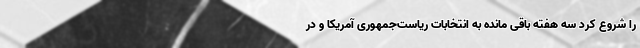
را شروع کرد سه هفته باقی مانده به انتخابات ریاست‌جمهوری آمریکا و در